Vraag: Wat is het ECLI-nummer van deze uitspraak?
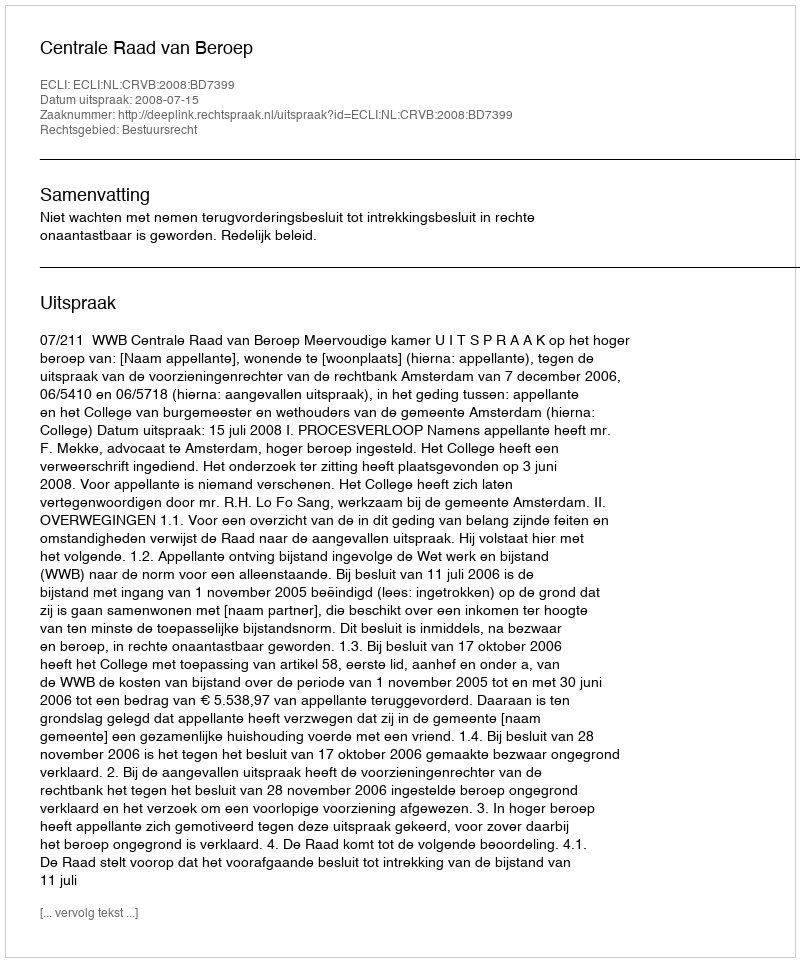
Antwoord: ECLI:NL:CRVB:2008:BD7399